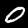
Label: 0